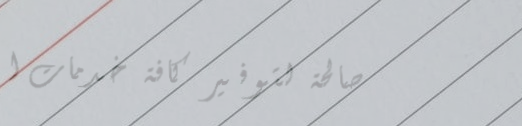
صالحة لتوفير كافة خدمات ا